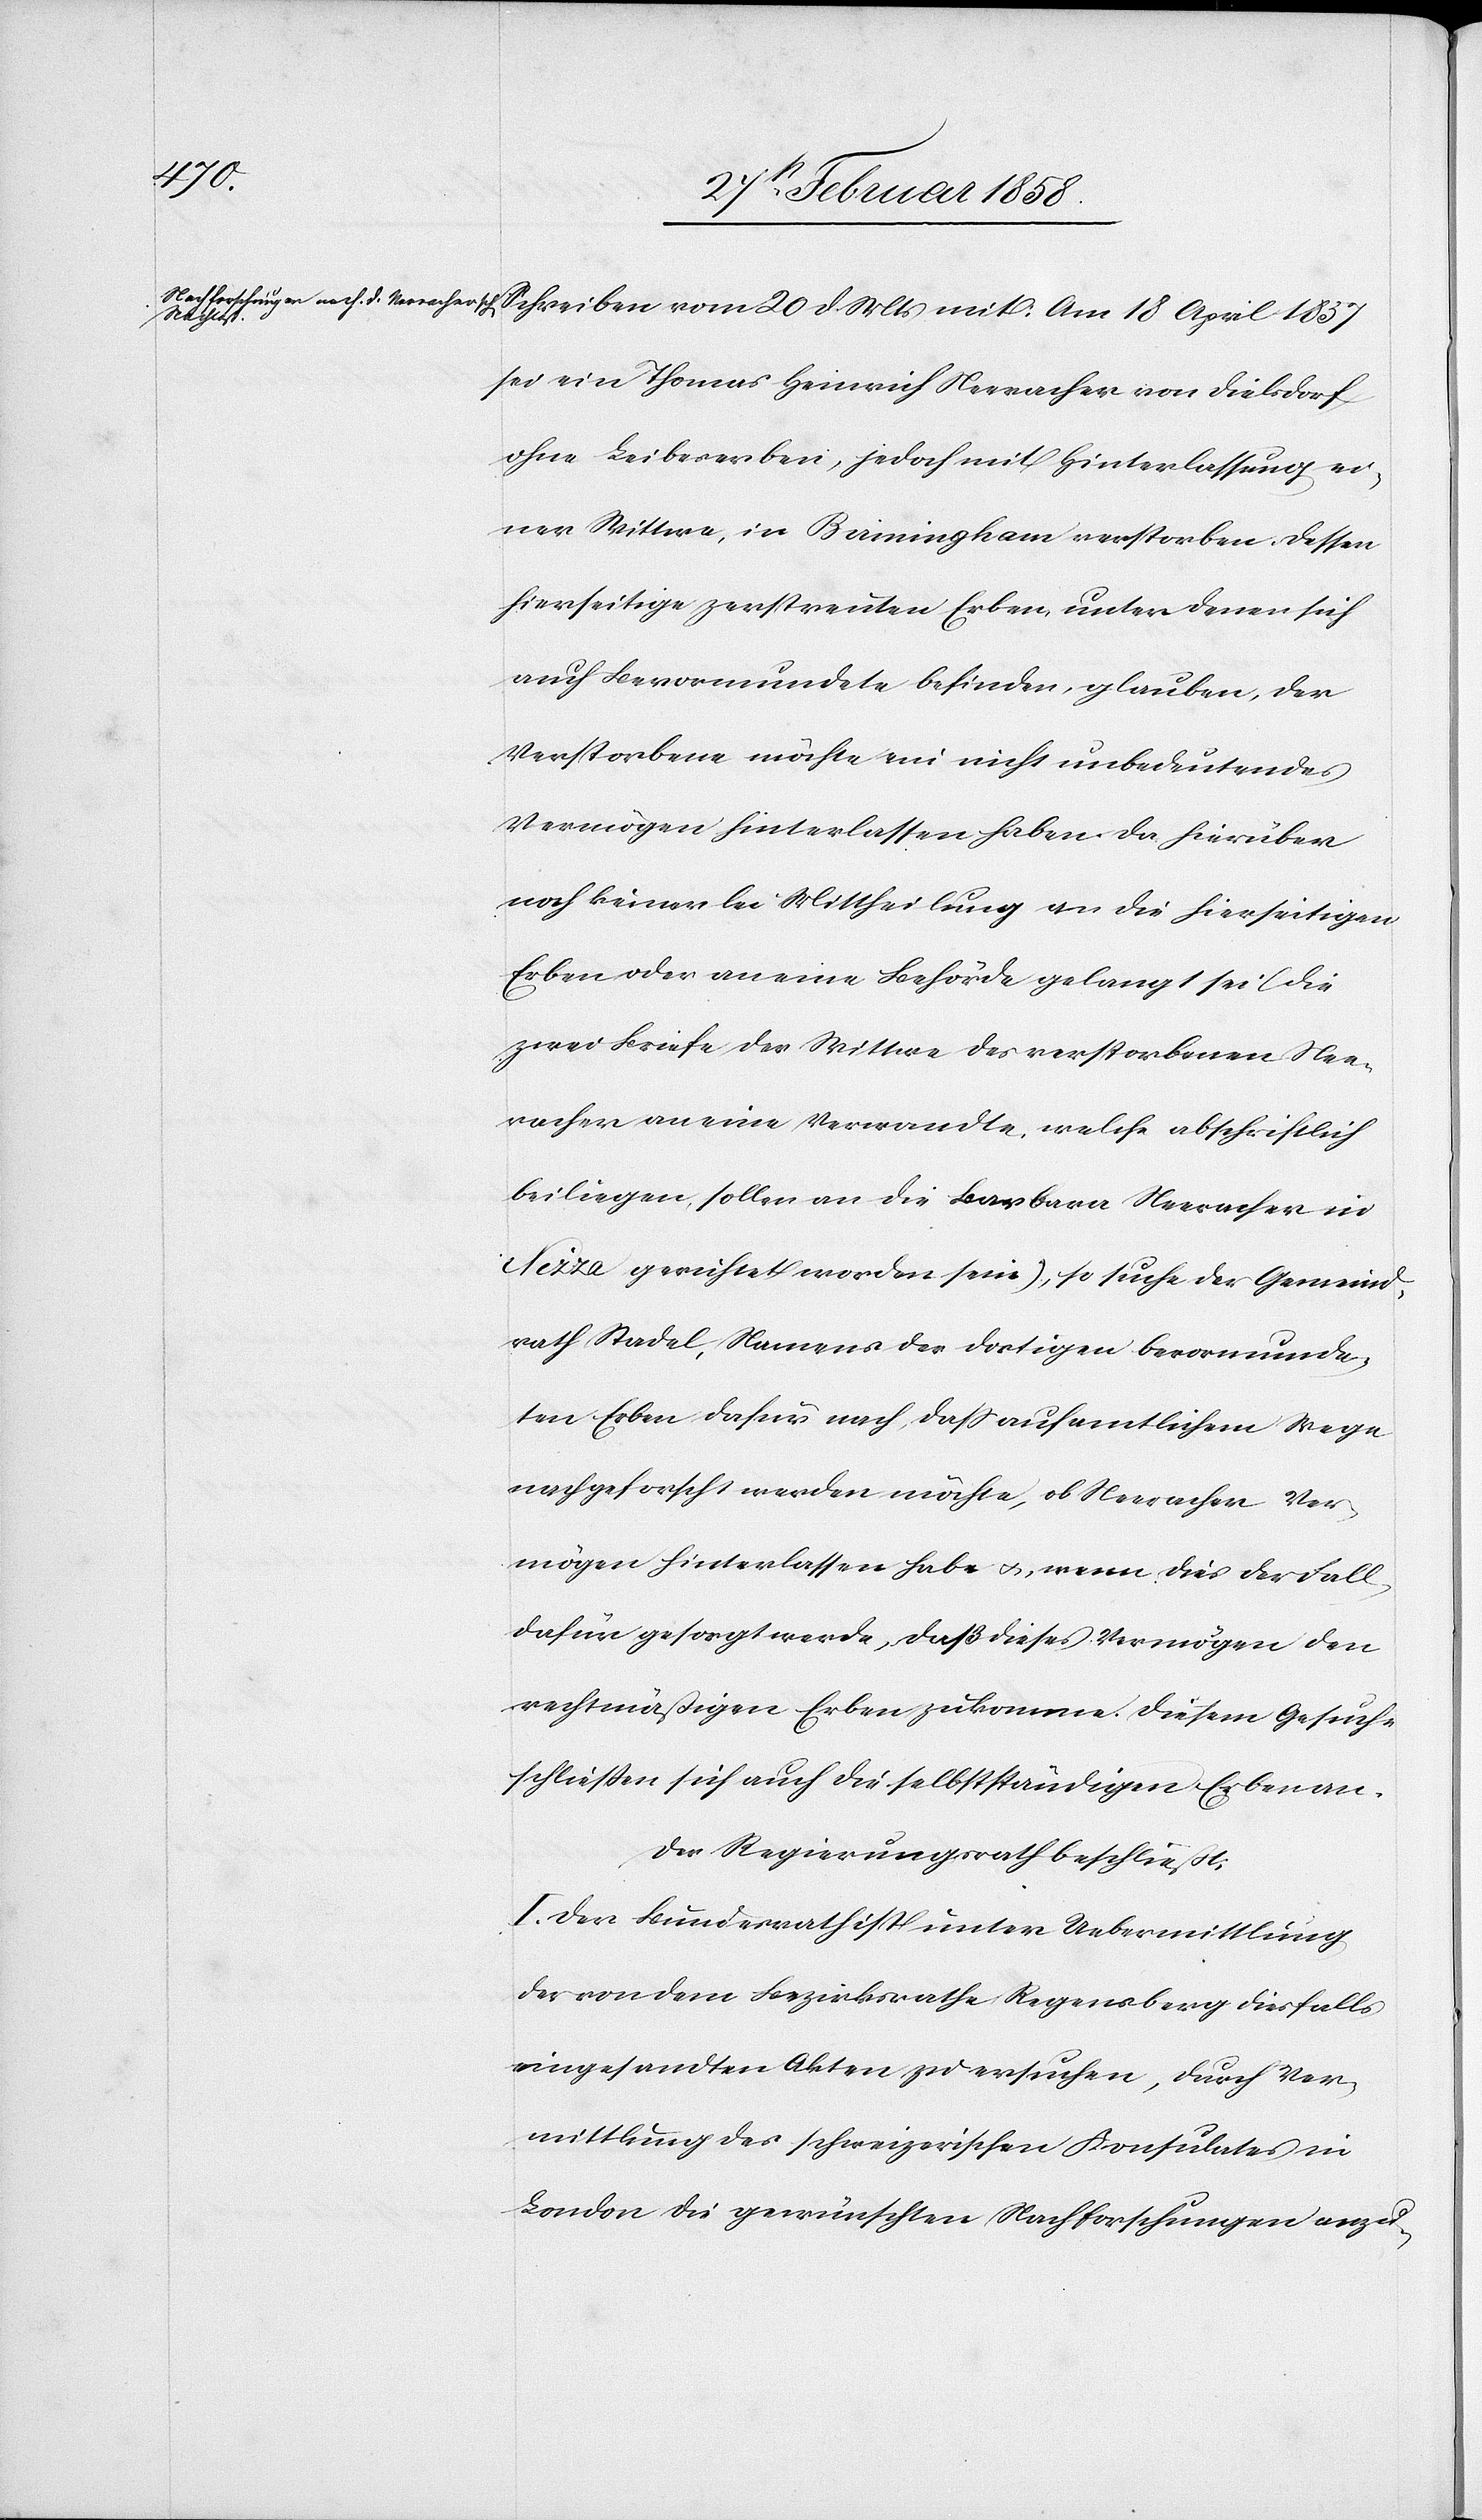
Schreiben vom 20 d Mts mit: Am 18 April 1837
sei ein Thomas Heinrich Neeracher von Dielsdorf
ohne Leibeserben, jedoch mit Hinterlassung ei¬
ner Wittwe, in Birmingham verstorben. Dessen
hierseitige zerstreuten Erben, unter denen sich
auch Bevormundete befinden, glauben, der
Verstorbene möchte ein nicht unbedeutendes
Vermögen hinterlassen haben. Da hierüber
noch keinerlei Mittheilung an die hierseitigen
Erben oder an eine Behörde gelangt sei (die
zwei Briefe der Wittwe des verstorbenen Nee¬
racher an eine Verwandte, welche abschriftlich
beiliegen, sollen an die Barbara Neeracher in
Nizza gerichtet worden sein), so suche der Gemeind¬
rath Stadel, Namens der dortigen bevormunde¬
ten Erben dafür nach, daß auf amtlichem Wege
nachgeforscht werden möchte, ob Neeracher Ver¬
mögen hinterlassen habe u., wenn dies der Fall,
dafür gesorgt werde, daß dieses Vermögen den
rechtmäßigen Erben zukomme. Diesem Gesuche
schließen sich auch die selbstständigen Erben an.
Der Regierungsrath beschließt:
I. Der Bundesrath ist unter Uebermittlung
der von dem Bezirksrathe Regensberg diesfalls
eingesandten Akten zu ersuchen, durch Ver¬
mittlung des schweizerischen Konsulates in
London die gewünschten Nachforschungen anzu-